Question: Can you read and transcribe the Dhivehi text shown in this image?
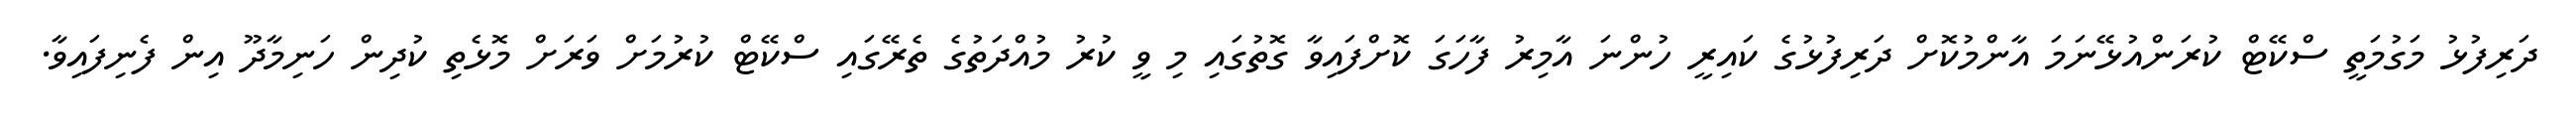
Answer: ދަރިފުޅު މަގުމަތީ ސްކޭޓް ކުރަންއުޅޭނަމަ އާންމުކޮށް ދަރިފުޅުގެ ކައިރީ ހުންނަ އާމިރު ފާހަގަ ކޮށްފައިވާ ގޮތުގައި މި ވީ ކުރު މުއްދަތުގެ ތެރޭގައި ސްކޭޓް ކުރުމަށް ވަރަށް މޮޅެތި ކުދިން ހަނިމާދޫ އިން ފެނިފައިވާ.